Suure-Kopu_vallavalitsus, lk 72
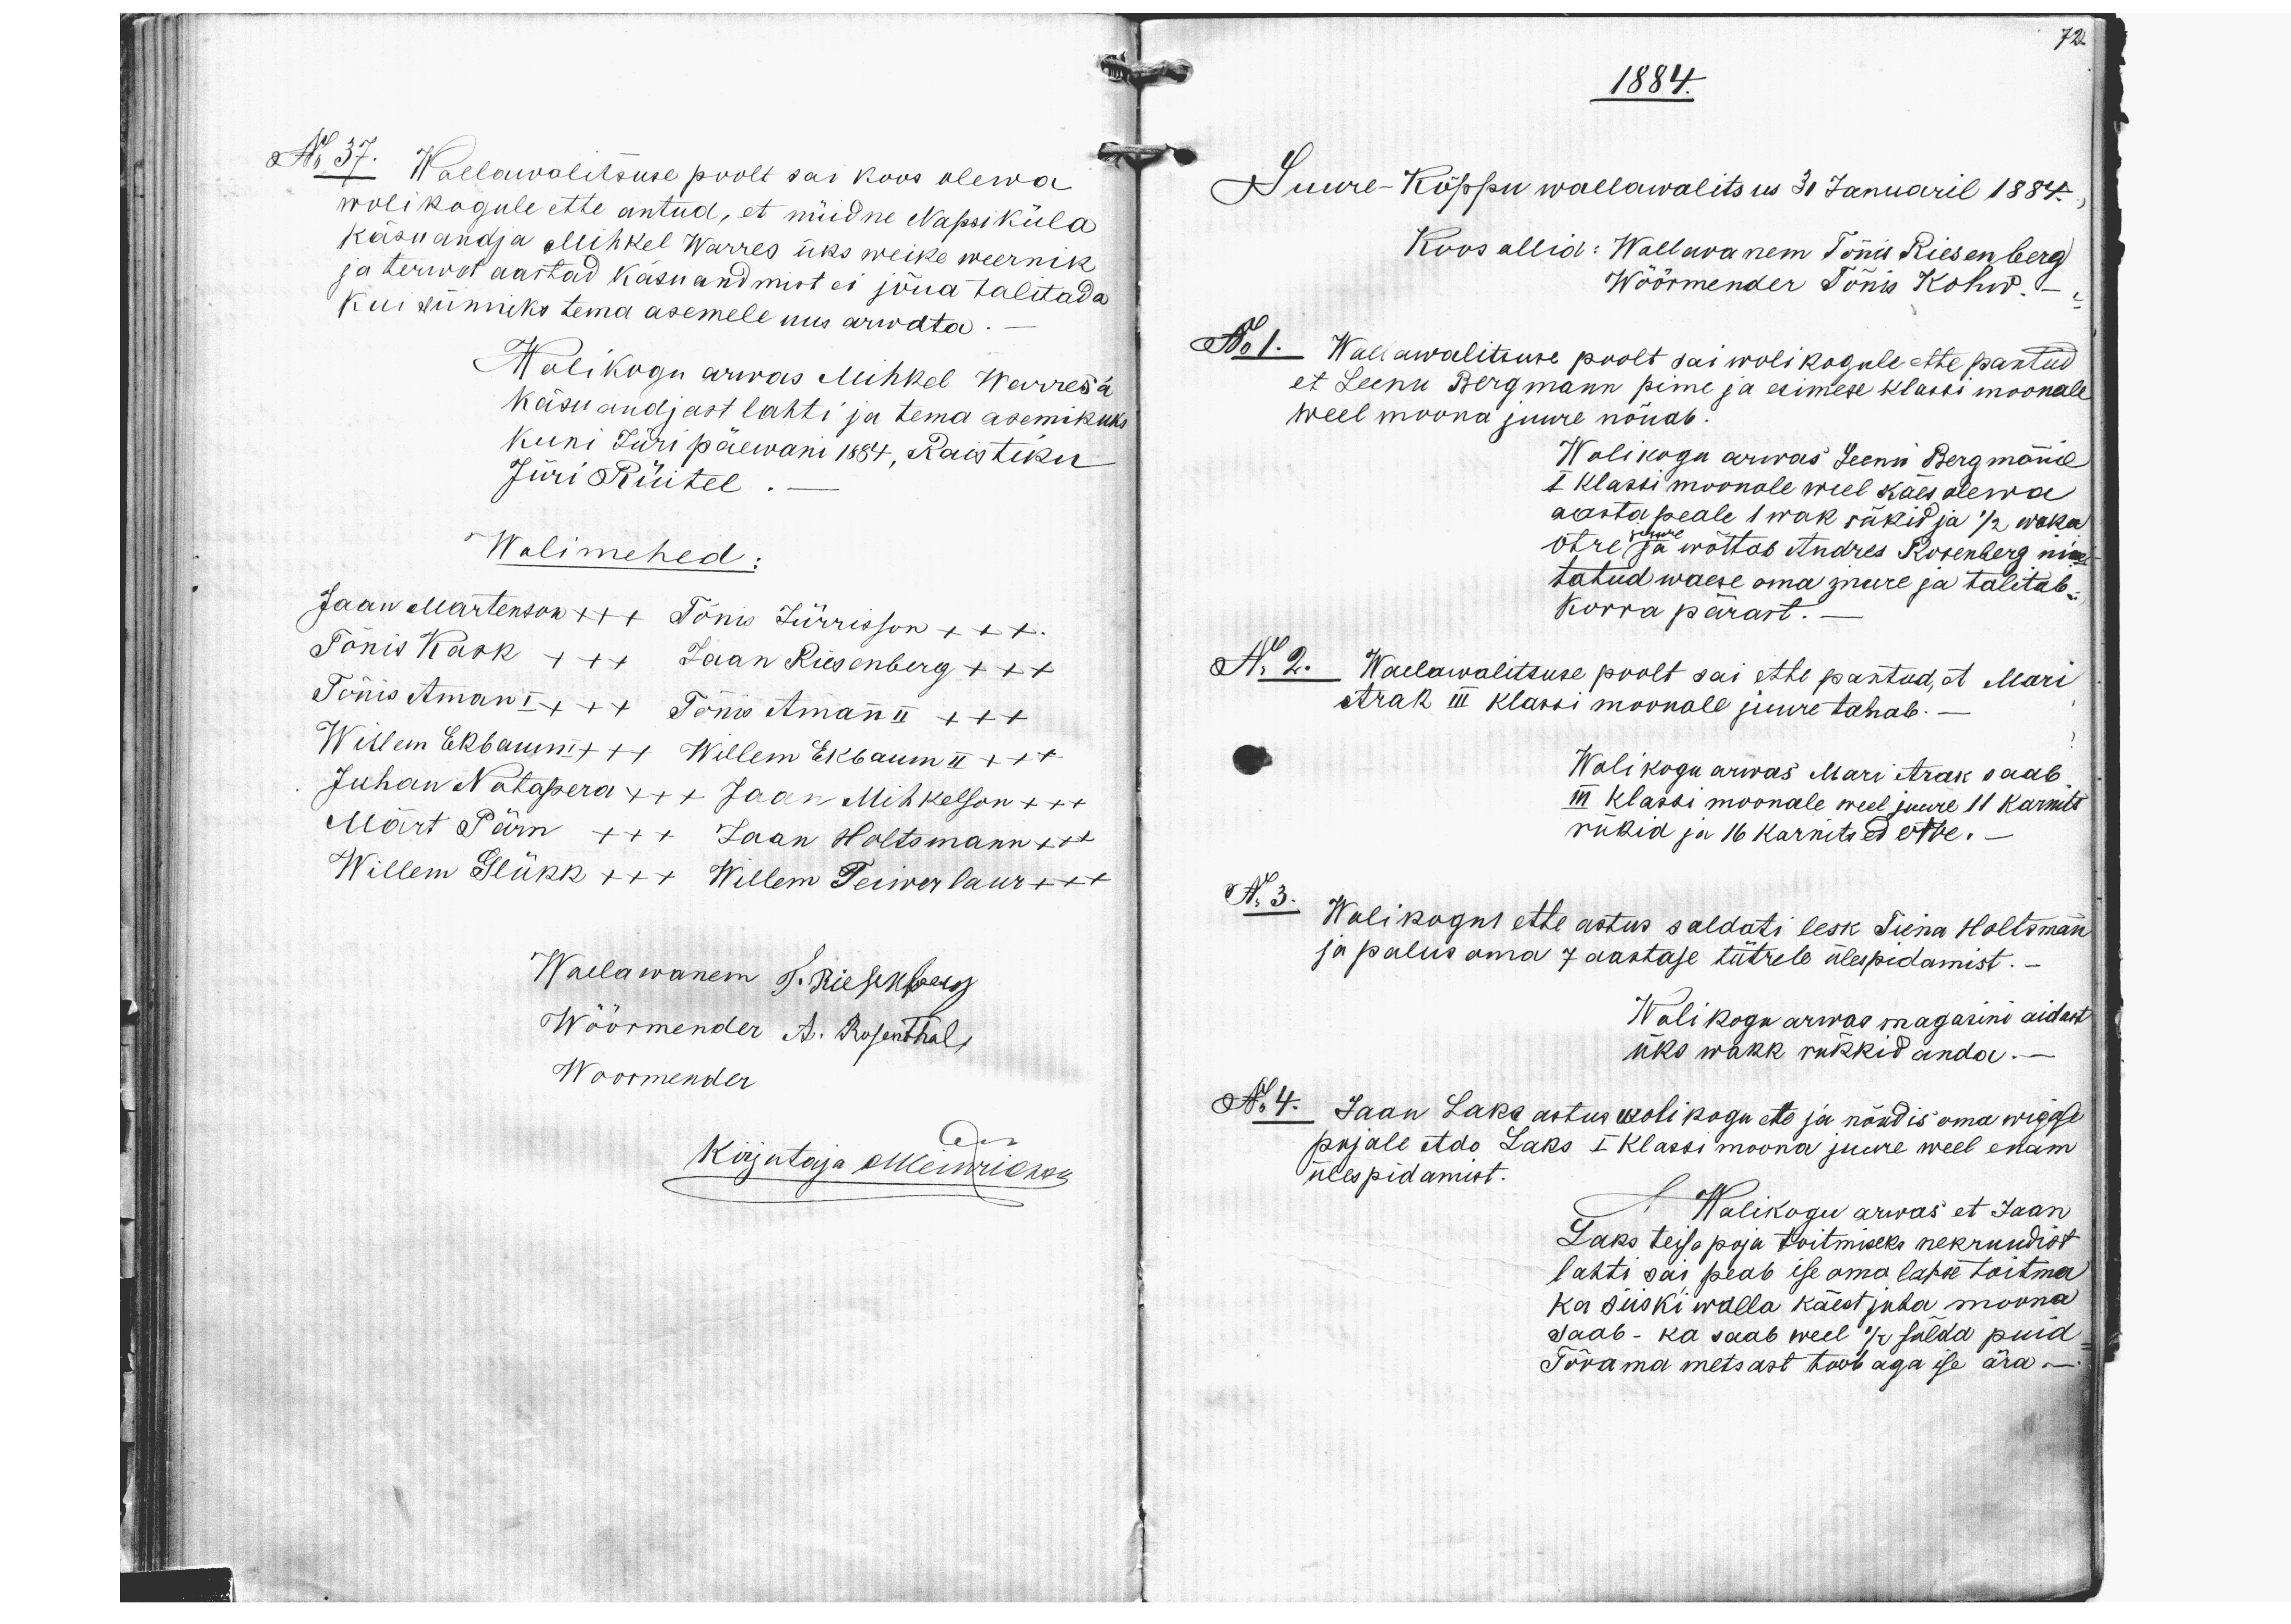
Nr 37. Wallawalitsuse poolt sai koos olewa
wolikogule ette antud, et nüidne Napsiküla
käsuandja Mihkel Warres üks weike weernik
ja terwet aastad käsuandmist ei jõua talitada
Kui sünniks tema asemele uus arwata-
Wolikogu arwas Mihkel Warres'a
käsuandjast lahti ja tema asemikuks
kuni Jüri päewani 1884, Raistiku
Jüri Rüitel
Wolimehed:
Jaan Martenson x++ Tõnis Jürrison xxx
Tõnis Käsk +++ Jaan Riesenberg xxx
Tõnis Amman I x++ Tõnis Amann II +++
Willem Ekbaum I +++ Willem Ekbaum II x++
Juhan Notapera x++ Jaan Mihkelson x++
Märt Pärn +++ Jaan Holtsmann x++
Willem Glükk x++ Willem Teiwerlaur +xx
Wallawanem J. Riesenberg
Wöörmender A. Rosenthal
Woomender
Kirjutaja omleiwriksen

72.
1884.
Suure-Kõppu wallawalitsus 31 Januaril 1884.
Koos ollid: Wallawanem Tõnis Riesenberg
Wöörmender Tõnis Kohw.
No 1. Wallawalitsuse poolt sai wolikogule ette pantud
et Leenu Bergmann pime ja esimese klassi moonale
weel moona juure nõuab
Wolikogu arwas Leenu Bergmannil
I klassi moonale weel käesolewa
aastapeale 1 wak rükid ja 1/2 waka
otre ja wõttab Andres Rosenberg nime
tatud waese oma juure ja talitab
Korra pärast.
No 2. Wallawalitsuse poolt sai ette pantud, et Mari
Arak III klassi moonale juure tahab.
Wolikogu arwas Mari Arak saab
III klassi moonale weel juure 11 karnits
rükid ja 16 karnitsed otre.
No 3. Wolikogus ette astus saldati lesk Tiina Holtsmann
ja palus oma 7 aastase tütrele ülespidamist.
Wolikogu arwas magasini aidast
üks wakk rukkid anda.
No 4. Jaan Laks astus wolikogu ette ja nõudis oma wiggase
pojale Ado Laks I klassi moona juure weel enam
ülespidamist.
Wolikogu arwas, et Jaan
Laks teise poja toitmiseks nekruudist
lahti sai peab ise oma lapse toitma
ka siiski walla käest juba moona
saab - ka saab weel 1/2 sülda puid
Tõrama metsast toob aga ise ära -